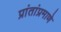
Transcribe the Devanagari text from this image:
प्रांतांप्रमाणे